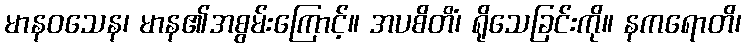
မာနဝသေန၊ မာန၏အစွမ်းကြောင့်။ အပစိတိံ၊ ရိုသေခြင်းကို။ နကရောတိ၊